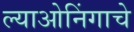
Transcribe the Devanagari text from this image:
ल्याओनिंगाचे